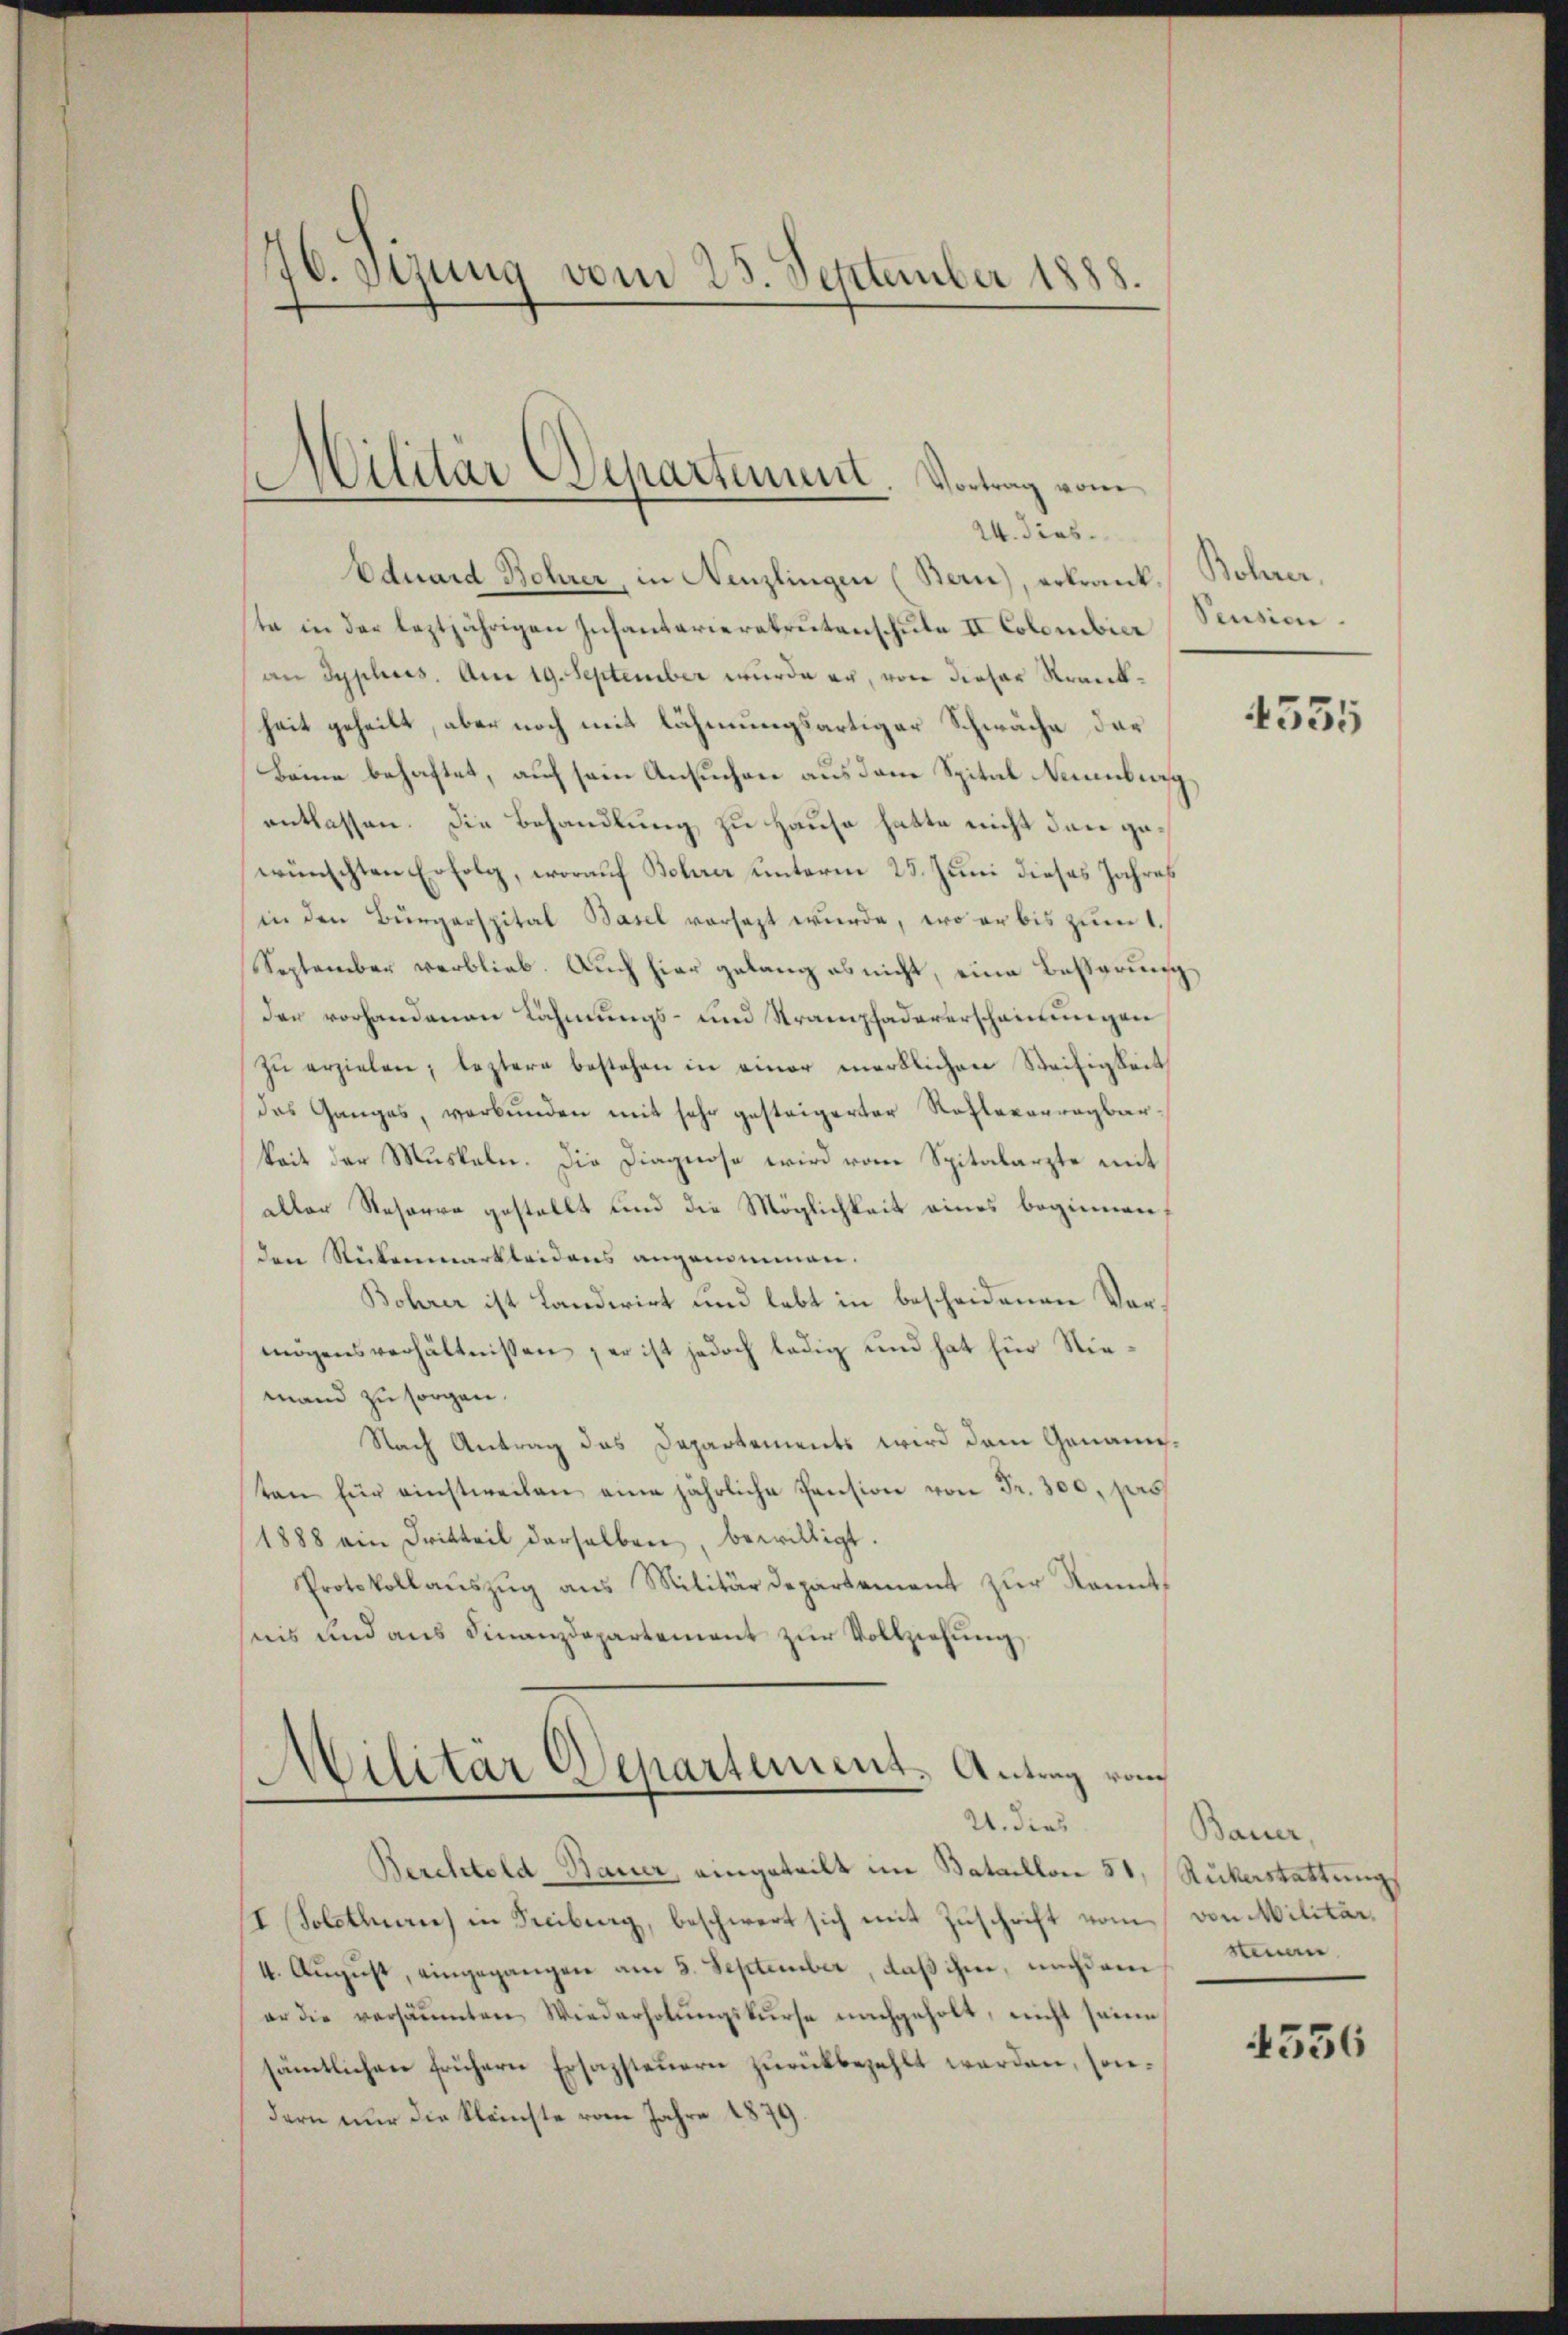
70. Stung vom 25. September 1888.

Militär Departement. Vortrag vom
24. dies

Eduard Bohrer, in Nenzlingen (Bern), erkrankste in der leztjährigen Infantarierekrutenschule II Colombier Sension.
an Syphoes. Am 19. September wurde er, von dieser Krankheit geheilt, aber noch mit lähmungsartiger Schwäche der
Baine behaftet, auf sein Ansuchen aus dem Spital Neuenburg
entlassen. Die Behandlung zu Hause hatte nicht dann gewünschten Erfolg, worauf Behrer unterm 25. Juni dieses Jahres
in den Bürgerspital Basel vorsatzt wurde, wo er bis zum 1.
September verblieb. Auch hier gelang es nicht, eine Besserung
der vorhandenen Lähmungs- und Strampfadererscheinungen,
zu erzielen, leztere bestehen in einer merklichen Steifigkeit
das Ganges, verbŭnden mit sehr gesteigerter Rotterveragbar-
keit der Muskeln. Die Diagnose wird vom Spitalarzte mit
aller Reserre gestellt und die Möglichkeit eines beginnen,
den Rückenmarkleidens angenommen.
Bohrer ist Landerirt und lebt in bescheidenen Vormögensverhältnissen, er ist jedoch ledig und hat für Niemand zu sorgen.
Nach Antrag das Departements wird dem Genannten für einstweilen eine jährliche Pension von Fr. 300, pers
1888 ein Dritteil derselben, bewilligt.
Protokollaŭszŭg ans Militärdepartement zŭr Kennt,
nis und aus Finanzdepartement zur Vollziehung

Militär Departement, Antrag vom
21. dies

Berchtold Bauer, eingeteilt im Bataillon 51, Rükerstattungs
I Solothurn) in Freiburg, beschwert sich mit Zuschrift vom
4. August, eingegangen am 3. September, daß ihm, nachdem
er die versäumten Wiederholŭngskurse nachgeholt, nicht seine
sämtlichen frühern Ersazsteuern zurückbezahlt werden, sondern nur die Kleinste vom Jahre 1879.

Bohner,

4335

Bauer,
von Militar
stenan

4336